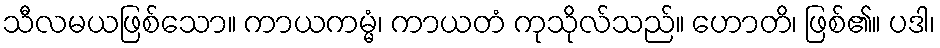
သီလမယဖြစ်သော။ ကာယကမ္မံ၊ ကာယတံ ကုသိုလ်သည်။ ဟောတိ၊ ဖြစ်၏။ ပဒါ၊